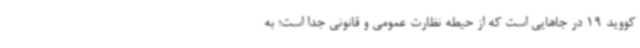
کووید 19 در جاهایی است که از حیطه نظارت عمومی و قانونی جدا است؛ به